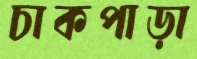
চাকপাড়া